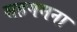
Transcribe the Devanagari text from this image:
सहगमना